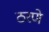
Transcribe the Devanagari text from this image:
ठरणे